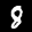
Label: 8